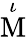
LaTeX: \stackrel{\iota}{\mathrm{M}}